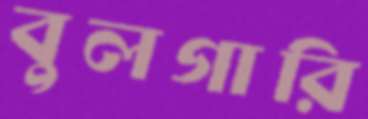
বুলগারি